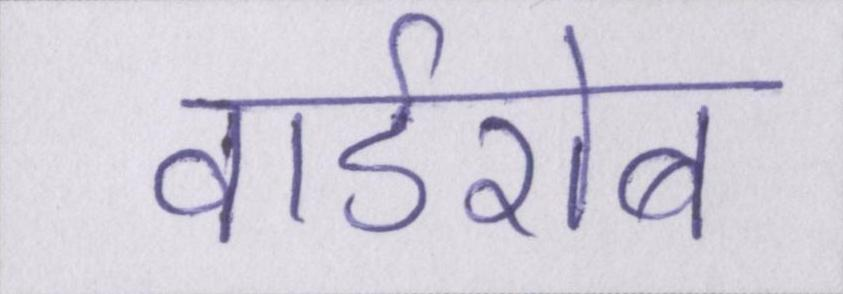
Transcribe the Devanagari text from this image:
वार्डरोब